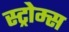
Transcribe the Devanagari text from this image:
स्ट्रोम्स